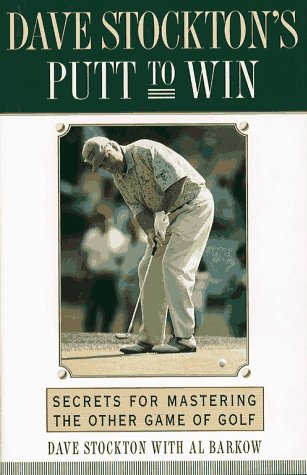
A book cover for DAVE STOCKTON'S PUTT TO WIN: Secrets for Mastering the Other Game of Golf; Dave Stockton; Sports & Outdoors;